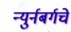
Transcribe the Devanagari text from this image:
न्युर्नबर्गचे